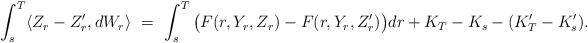
\begin{align*}\int_s^T \langle Z_r-Z_r',dW_r\rangle \ = \ \int_s^T \big(F(r,Y_r,Z_r)-F(r,Y_r,Z_r')\big) dr + K_T-K_s - (K_T'-K_s').\end{align*}